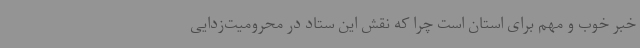
خبر خوب و مهم برای استان است چرا که نقش این ستاد در محرومیت‌زدایی